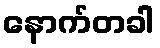
နောက်တခါ